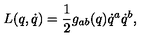
L ( q , \dot { q } ) = { \frac { 1 } { 2 } } g _ { a b } ( q ) \dot { q } ^ { a } \dot { q } ^ { b } ,